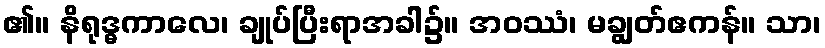
၏။ နိရုဒ္ဓကာလေ၊ ချုပ်ပြီးရာအခါ၌။ အဝဿံ၊ မချွတ်ဧကန်။ သာ၊